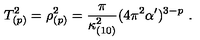
T _ { ( p ) } ^ { 2 } = \rho _ { ( p ) } ^ { 2 } = \frac { \pi } { \kappa _ { ( 1 0 ) } ^ { 2 } } ( 4 \pi ^ { 2 } \alpha ^ { \prime } ) ^ { 3 - p } \ .